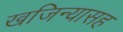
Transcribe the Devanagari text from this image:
खजिन्यासह